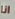
انا